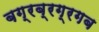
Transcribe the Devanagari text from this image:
बग्रब्रग्रगब